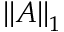
\left\Vert A \right\Vert _ { 1 }